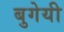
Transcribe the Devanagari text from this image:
बुगेयी